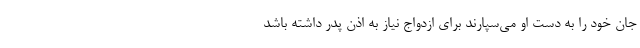
جان خود را به دست او می‌سپارند برای ازدواج نیاز به اذن پدر داشته باشد